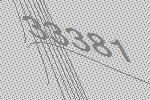
33381